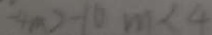
- 4 m > - 1 6 m < 4